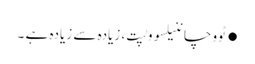
●ٹووچاننیلسووٹپت، زیادہ سے زیادہ ہے ۔